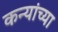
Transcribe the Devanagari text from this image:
कन्यांच्या